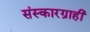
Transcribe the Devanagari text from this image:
संस्कारग्राही